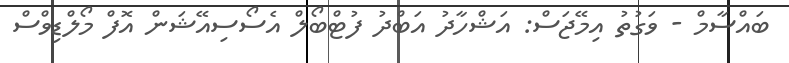
ބައްސާމް - ވަގުތު އިމޭޖަސް: އަޝްހާދު އަބްދު ފުޓްބޯލް އެސޯސިއޭޝަން އޮފް މޯލްޑިވްސް